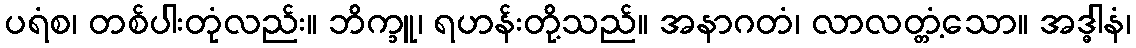
ပရံစ၊ တစ်ပါးတုံလည်း။ ဘိက္ခူ၊ ရဟန်းတို့သည်။ အနာဂတံ၊ လာလတ္တံ့သော။ အဒ္ဓါနံ၊